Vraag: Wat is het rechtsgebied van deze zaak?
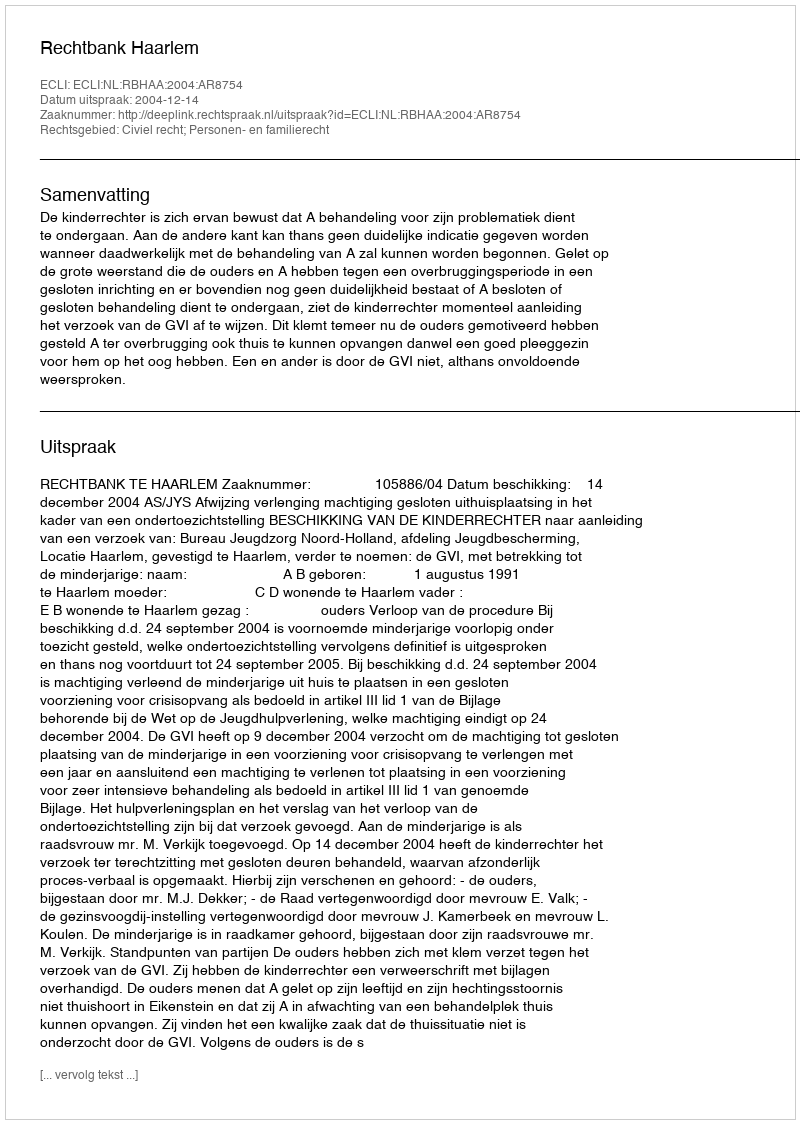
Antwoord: Civiel recht; Personen- en familierecht